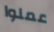
عملوا